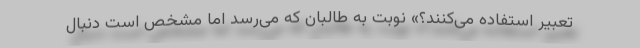
تعبیر استفاده می‌کنند؟» نوبت به طالبان که می‌رسد اما مشخص است دنبال